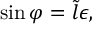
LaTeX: \sin \varphi = \tilde { l } \epsilon ,